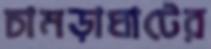
চামড়াঘাটের